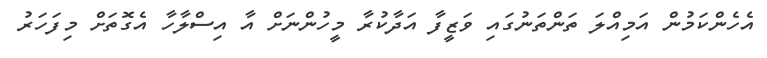
އެހެންކަމުން އަމިއްލަ ތަންތަނުގައި ވަޒީފާ އަދާކުރާ މީހުންނަށް އާ އިސްލާހާ އެގޮތަށް މިފަހަރު